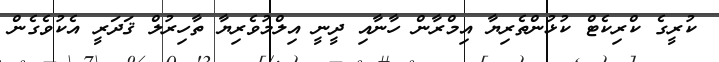
ކުރީގެ ކްރިކެޓް ކުޅުންތެރިޔާ އިމްރާން ހާނާއި ދީނީ އިލްމުވެރިޔާ ތާހިރުލް ޤަދަރީ އެކުވެގެން